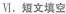
Ⅵ.短文填空